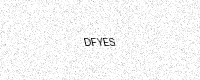
Text: DFYES